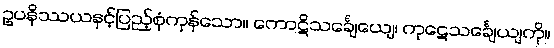
ဥပနိဿယနှင့်ပြည့်စုံကုန်သော။ ကောဋိသင်္ချေယျေ၊ ကုဋေသင်္ချေယျကို။